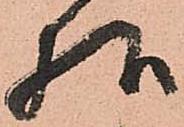
様